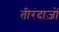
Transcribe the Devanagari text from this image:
तीरंदाज़ों